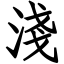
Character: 淺